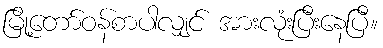
မြို့တော်ဝန်စာပါလျှင် အားလုံးပြီးနေပြီ။